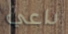
داعي